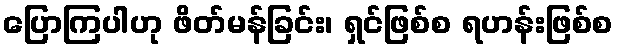
ပြောကြပါဟု ဖိတ်မန်ခြင်း၊ ရှင်ဖြစ်စ ရဟန်းဖြစ်စ